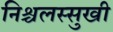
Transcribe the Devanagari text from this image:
निश्चलस्सुखी